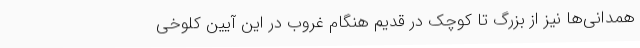
همدانی‌ها نیز از بزرگ تا کوچک در قدیم هنگام غروب در این آیین کلوخی